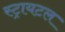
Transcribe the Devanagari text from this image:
स्ट्रायटल